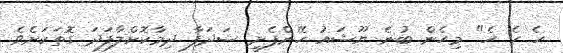
ހެ ހެ ހެ" މިހެން ބުނެ ޔޫޝައު ހޭންފެށީ ޝަދަފާ ދިމާކޮށްލާފަދަ ގޮތަކަށެވެ.